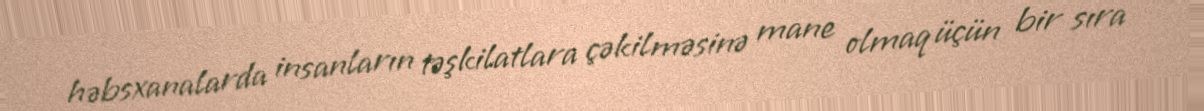
həbsxanalarda insanların təşkilatlara çəkilməsinə mane olmaq üçün bir sıra